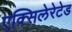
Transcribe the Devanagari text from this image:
एक्सिलेरेटेड